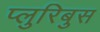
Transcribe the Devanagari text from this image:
प्लुरिबुस